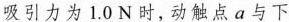
吸引力为1.0N时，动触点a与下